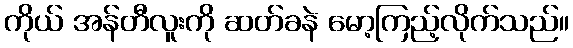
ကိုယ် အန်တီလူးကို ဆတ်ခနဲ မော့ကြည့်လိုက်သည်။